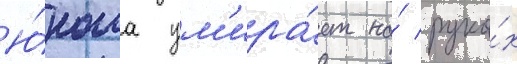
Ю́ноша ум'ира́ет на́ рука́х